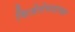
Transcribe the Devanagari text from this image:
विजेतेपदाच्या